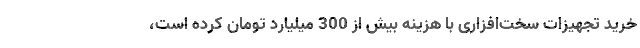
خرید تجهیزات سخت‌افزاری با هزینه بیش از 300 میلیارد تومان کرده است،